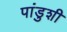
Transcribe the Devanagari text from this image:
पांडुशी